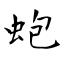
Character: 蚫